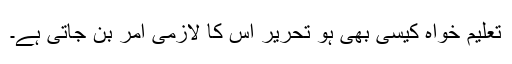
تعلیم خواہ کیسی بھی ہو تحریر اُس کا لازمی امر بن جاتی ہے۔